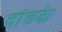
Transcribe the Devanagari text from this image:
दांडके